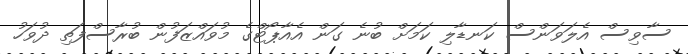
ސާވިސް އެލަވަންސް ކަނޑާލި ކަމަށް ބުނެ ގަން އެއާޕޯޓްގެ މުވައްޒަފުން ބުރާސްފަތި ދުވަހު